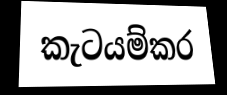
කැටයම්කර